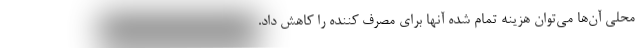
محلی آن‌ها می‌توان هزینه تمام شده آنها برای مصرف کننده را کاهش داد.